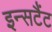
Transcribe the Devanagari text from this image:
इन्सटैंट